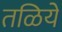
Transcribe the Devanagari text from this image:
तळिये